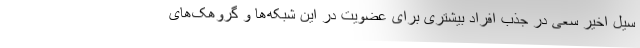
سیل اخیر سعی در جذب افراد بیشتری برای عضویت در این شبکه‌ها و گروهک‌های